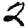
Digit: 2